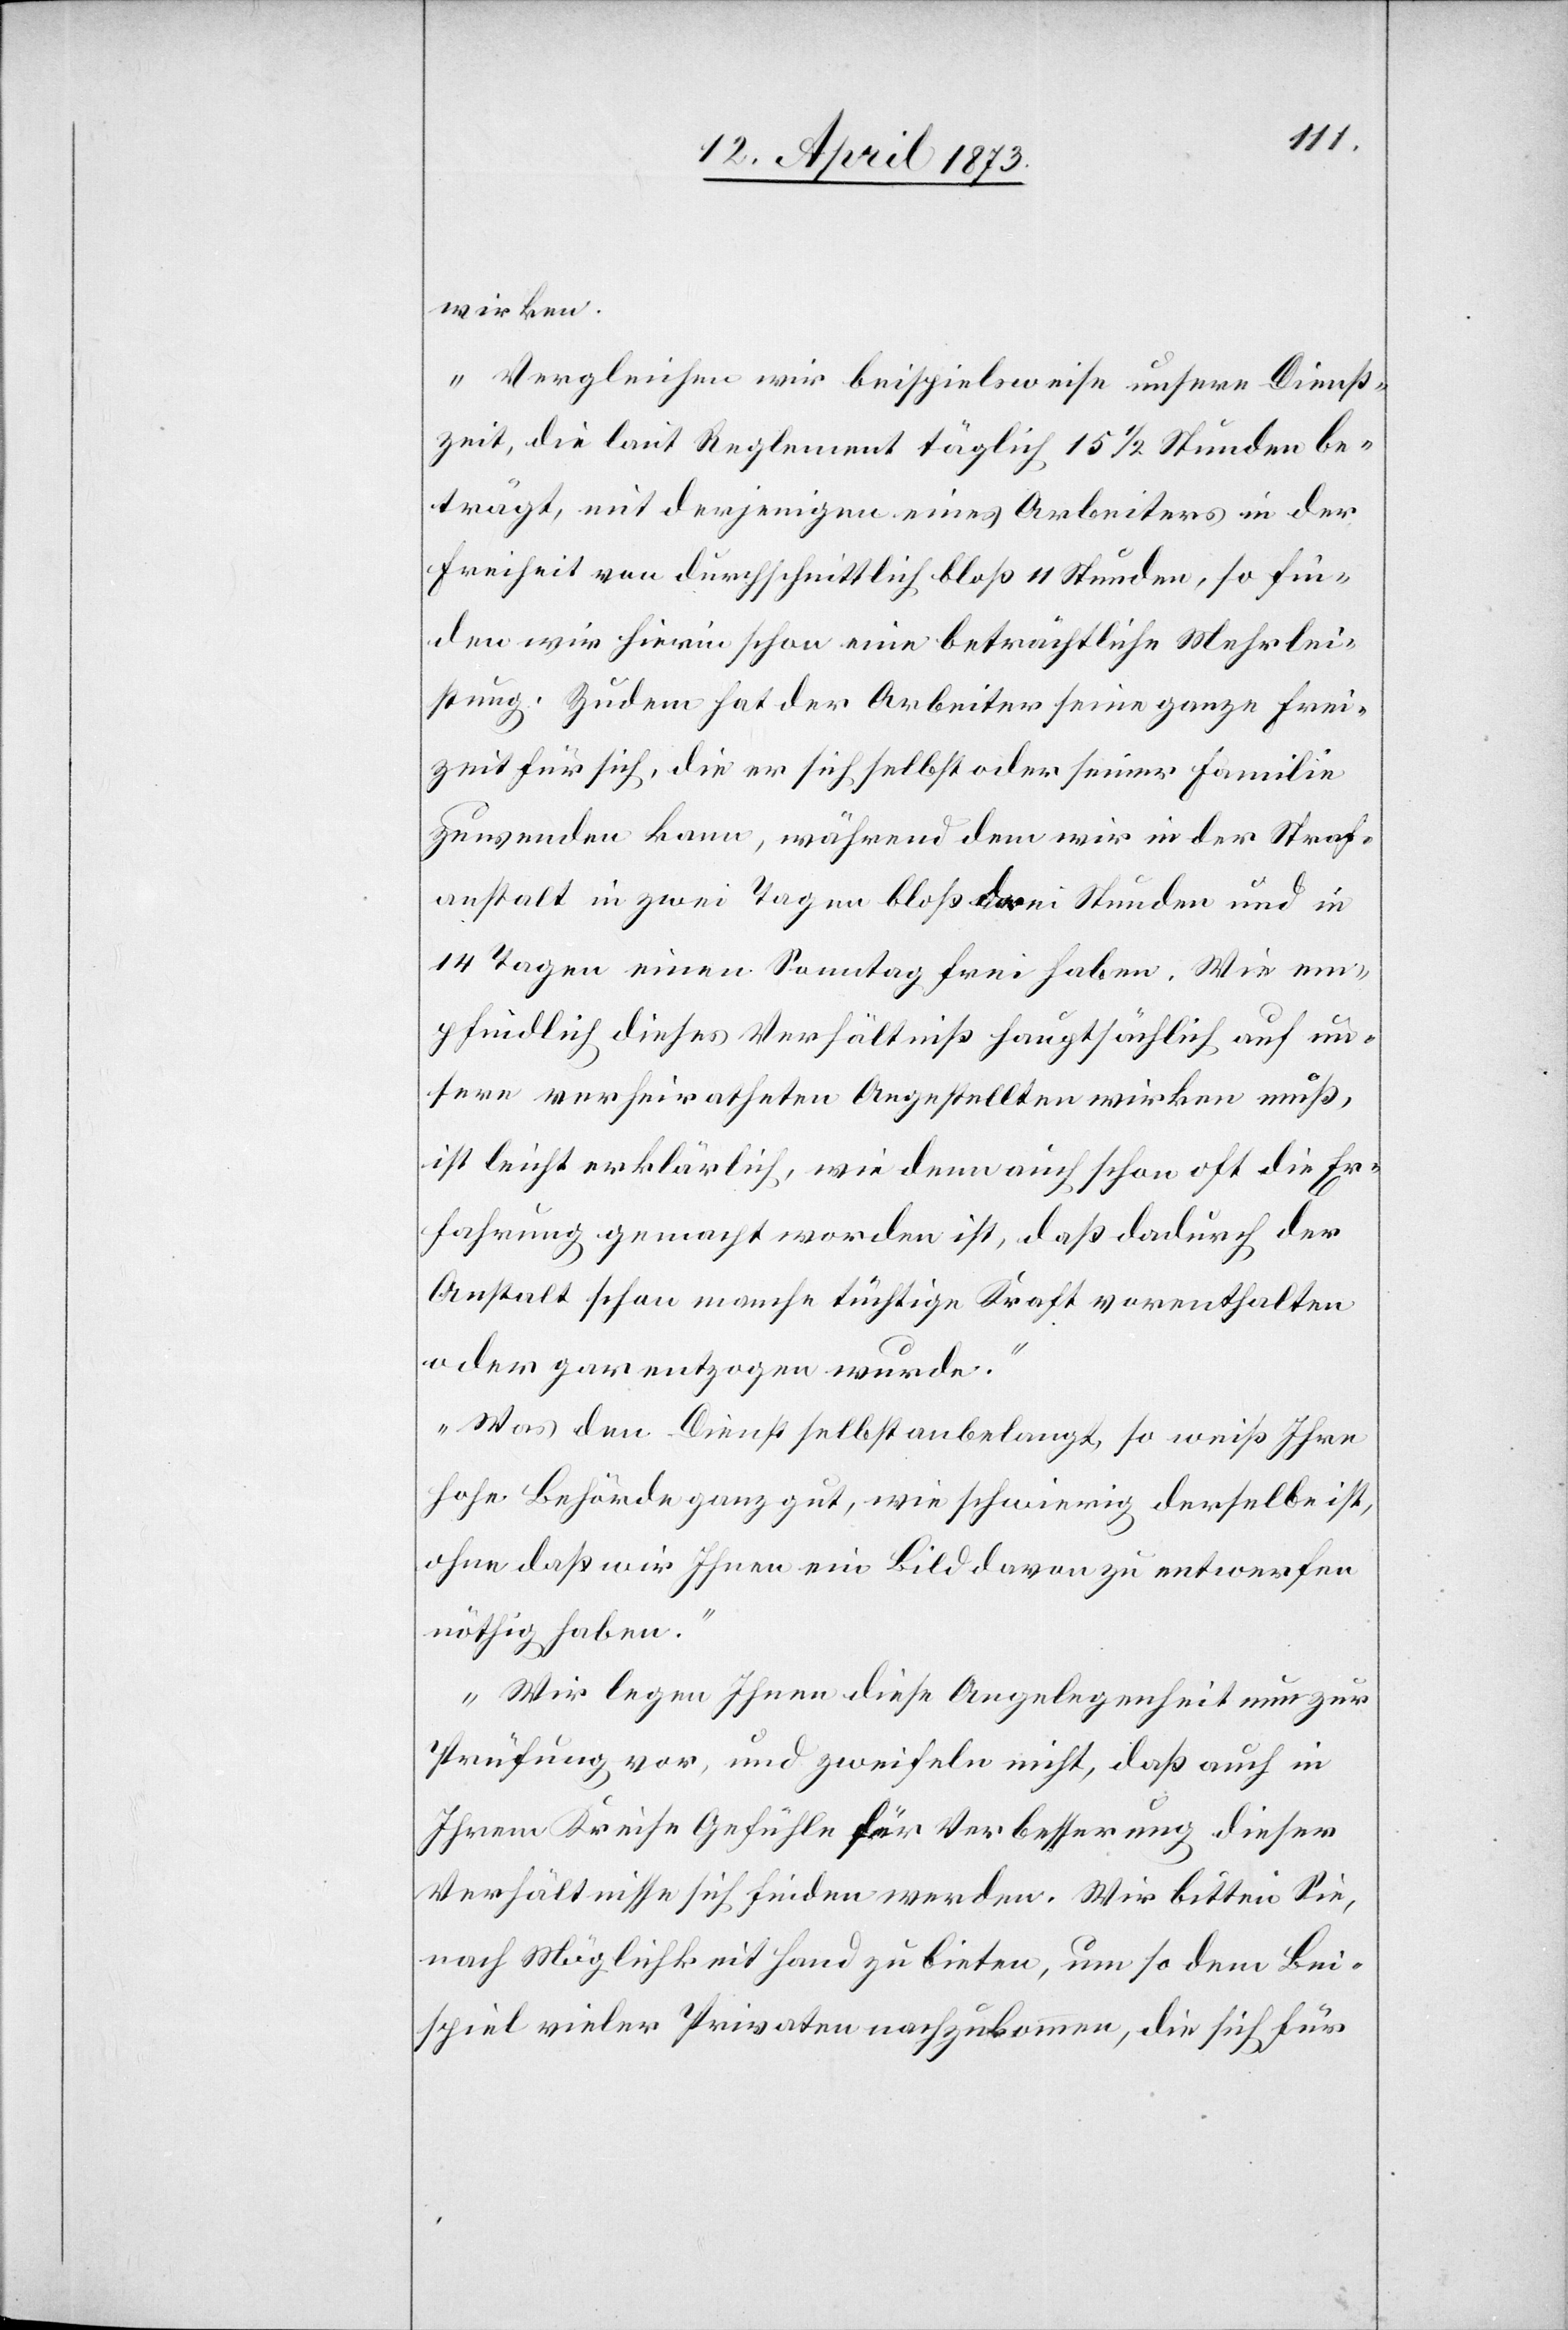
wirken.“
„Vergleichen wir beispielsweise unsere Dienst¬
zeit, die laut Reglement täglich 15 1/2 Stunden be¬
trägt, mit derjenigen eines Arbeiters in der
Freiheit von durchschnittlich bloß 11 Stunden, so fin¬
den wir hierin schon eine beträchtliche Mehrlei¬
stung. Zudem hat der Arbeiter seine ganze Frei¬
zeit für sich, die er sich selbst oder seiner Familie
zuwenden kann, während dem wir in der Straf¬
anstalt in zwei Tagen bloß drei Stunden und in
14 Tagen einen Sonntag frei haben. Wie em¬
pfindlich dieses Verhältniß hauptsächlich auf un¬
sere verheiratheten Angestellten wirken muß,
ist leicht erklärlich, wie denn auch schon oft die Er¬
fahrung gemacht worden ist, daß dadurch der
Anstalt schon manche tüchtige Kraft vorenthalten
oder gar entzogen wurde.“
„Was den Dienst selbst anbelangt, so weiß Ihre
hohe Behörde ganz gut, wie schwierig derselbe ist,
ohne daß wir Ihnen ein Bild davon zu entwerfen
nöthig haben.“
„Wir legen Ihnen diese Angelegenheit nun zur
Prüfung vor, und zweifeln nicht, daß auch in
Ihrem Kreise Gefühle für Verbesserung dieser
Verhältnisse sich finden werden. Wir bitten Sie,
nach Möglichkeit Hand zu bieten, um so dem Bei¬
spiel vieler Privaten nachzukommen, die sich für